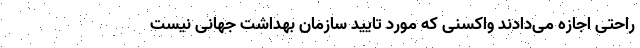
راحتی اجازه می‌دادند واکسنی که مورد تایید سازمان بهداشت جهانی نیست